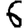
Digit: 6